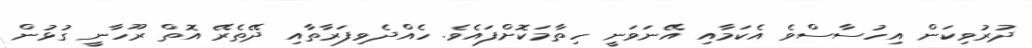
ދުރުވިކަން އިހުސާސްވެ އެކަމާއި އޭނަވަނީ ހިތާމަކޮށްފައެވެ. ހެއްދެވިފަރާތާއި ދޭތެރޭ އޮތް ރޫހާނީ ގުޅުން